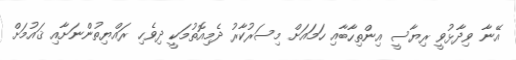
އޭނާ ވިދާޅުވީ ރިޔާސީ އިންތިހާބާއި ހަމައަށް މިސަރުކާރު ދެމިއޮތުމަކީ ދިވެހި ރައްޔިތުންނަށާއި ޤައުމަށް